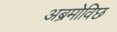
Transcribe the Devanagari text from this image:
अब्रमोविछ